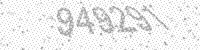
Solution: 949291